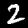
Digit: 2